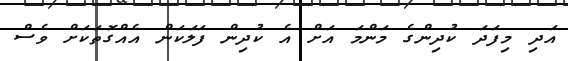
އަދި މިފަދަ ކުދިންގެ މަންމަ އަށް އެ ކުދިން ފަލަކަން އެއްގޮތަކަށް ވެސް